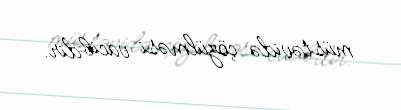
müstəvidə çözülməsi vacibdir.